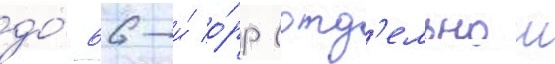
до́ 66-и́ о́рр (отд'ельнои